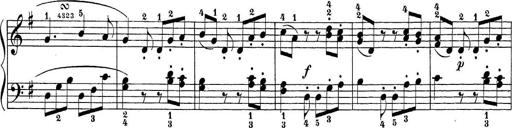
Title: Sonatina Album
Composer: Louis KÃ¶hler